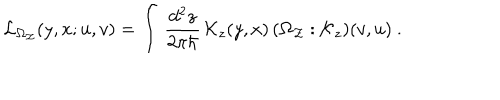
{ \cal L } _ { \Omega _ { \cal Z } } ( y , x ; u , v ) = \int \, { \frac { d ^ { 2 } z } { 2 \pi \hbar } } \, { \cal K } _ { z } ( y , x ) \, ( \Omega _ { \cal Z } : { \cal K } _ { z } ) ( v , u ) ~ .